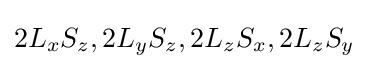
2L_{x}S_{z},2L_{y}S_{z},2L_{z}S_{x},2L_{z}S_{y}